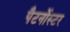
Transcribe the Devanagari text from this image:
पैटर्नोस्टर